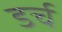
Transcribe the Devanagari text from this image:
डर्च